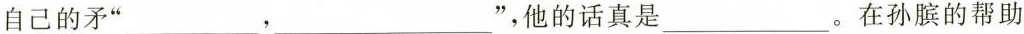
自己的矛”___，___”，他的话真是___。在孙膑的帮助